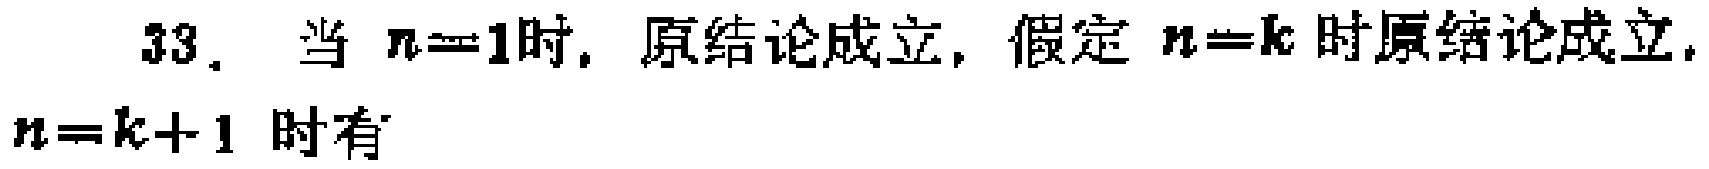
33. 当 \(n = 1\) 时，原结论成立，假定 \(n = k\) 时原结论成立，\(n=k + 1\) 时有